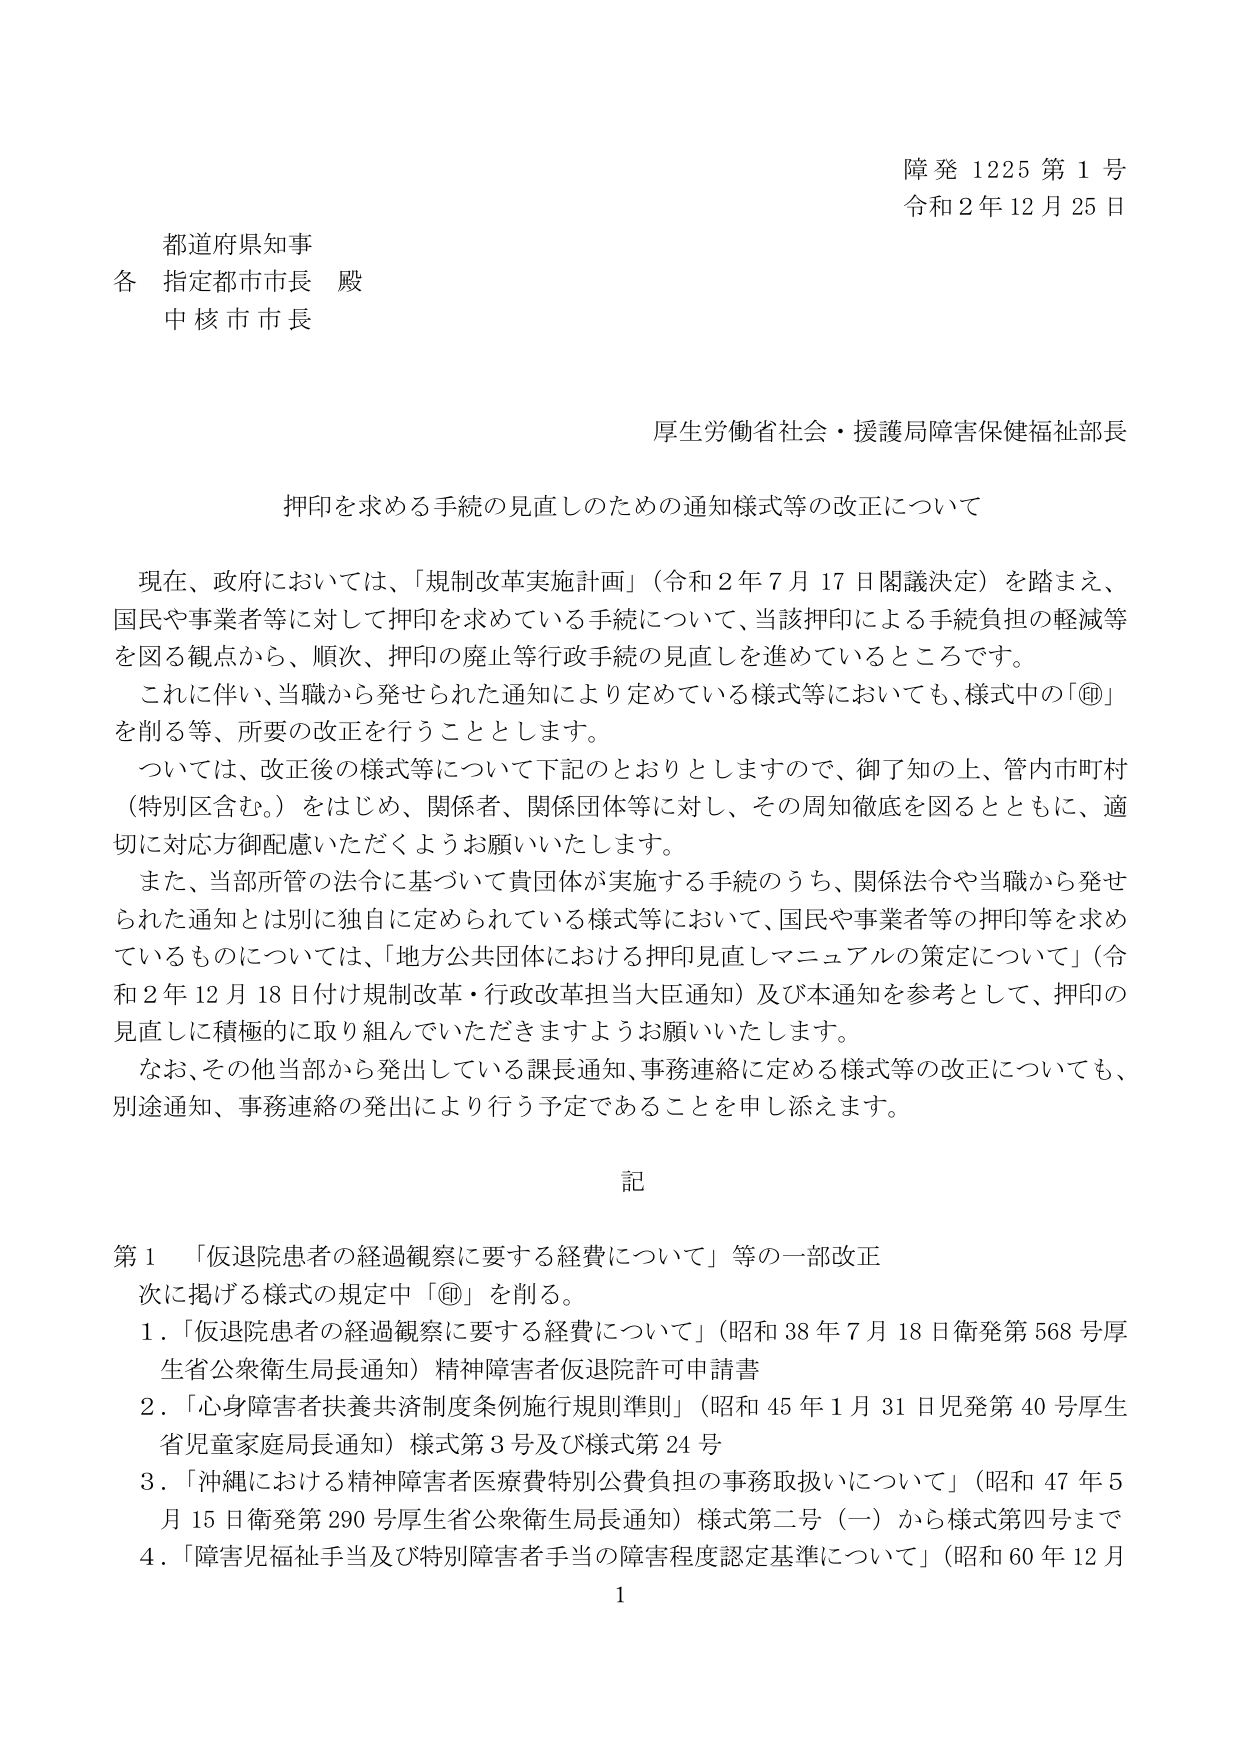
障発 1225 第1号
令和2年12月25日

都道府県知事
各 指定都市市長 殿
中核市市長

厚生労働省社会・援護局障害保健福祉部長

押印を求める手続の見直しのための通知様式等の改正について

現在、政府においては、「規制改革実施計画」（令和2年7月17日閣議決定）を踏まえ、
国民や事業者等に対して押印を求めている手続について、当該押印による手続負担の軽減等
を図る観点から、順次、押印の廃止等行政手続の見直しを進めているところです。
これに伴い、当職から発せられた通知により定めている様式等においても、様式中の「㊞」
を削る等、所要の改正を行うこととします。
ついては、改正後の様式等について下記のとおりとしますので、御了知の上、管内市町村
（特別区含む。）をはじめ、関係者、関係団体等に対し、その周知徹底を図るとともに、適
切に対応方御配慮いただくようお願いいたします。
また、当部所管の法令に基づいて貴団体が実施する手続のうち、関係法令や当職から発せ
られた通知とは別に独自に定められている様式等において、国民や事業者等の押印等を求め
ているものについては、「地方公共団体における押印見直しマニュアルの策定について」（令
和2年12月18日付け規制改革・行政改革担当大臣通知）及び本通知を参考として、押印の
見直しに積極的に取り組んでいただきますようお願いいたします。
なお、その他当部から発出している課長通知、事務連絡に定める様式等の改正についても、
別途通知、事務連絡の発出により行う予定であることを申し添えます。

記

第1 「仮退院患者の経過観察に要する経費について」等の一部改正
次に掲げる様式の規定中「㊞」を削る。
1. 「仮退院患者の経過観察に要する経費について」（昭和38年7月18日衛発第568号厚生省公衆衛生局長通知）精神障害者仮退院許可申請書
2. 「心身障害者扶養共済制度条例施行規則準則」（昭和45年1月31日児発第40号厚生省児童家庭局長通知）様式第3号及び様式第24号
3. 「沖縄における精神障害者医療費特別公費負担の事務取扱いについて」（昭和47年5月15日衛発第290号厚生省公衆衛生局長通知）様式第二号（一）から様式第四号まで
4. 「障害児福祉手当及び特別障害者手当の障害程度認定基準について」（昭和60年12月

1